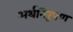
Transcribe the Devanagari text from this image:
अर्थनिरूपण